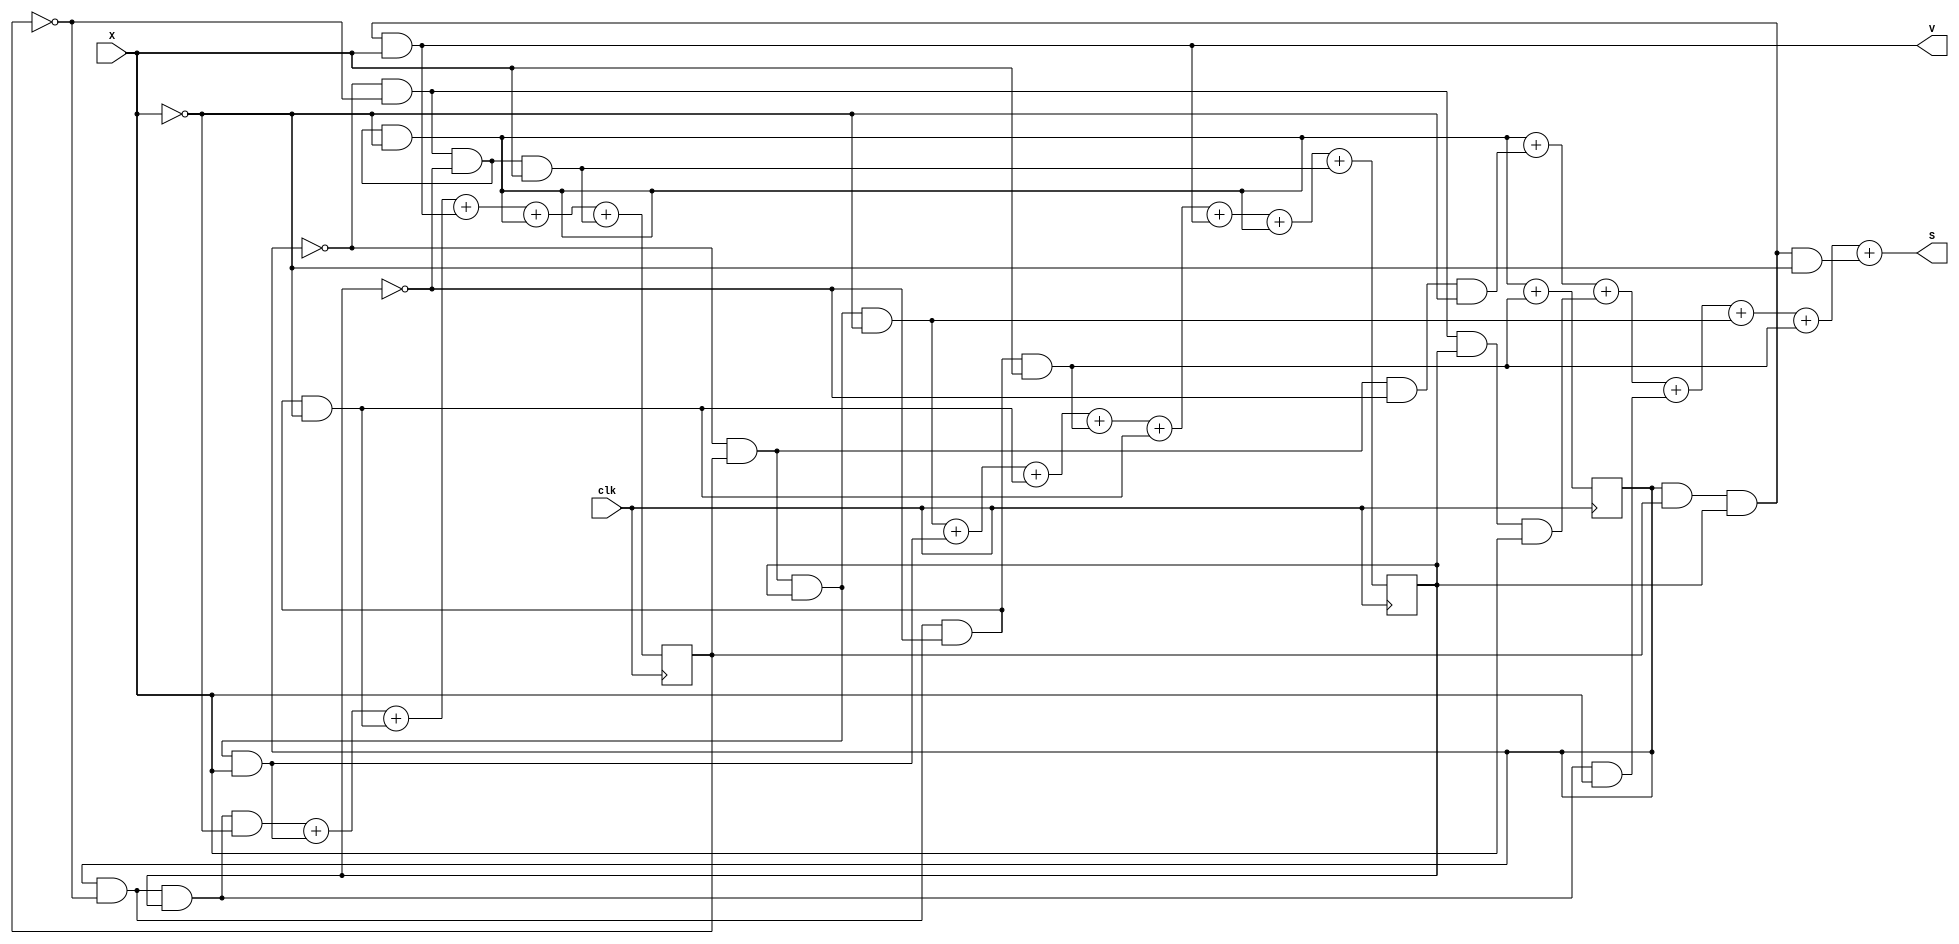
`timescale 1ns / 1ps
//////////////////////////////////////////////////////////////////////////////////
// Company: 
// Engineer: 
// 
// Design Name: 
// Module Name: lab2_prob1_partb
// Project Name: 
// Target Devices: 
// Tool Versions: 
// Description: 
// 
// Dependencies: 
// 
// Revision:
// Revision 0.01 - File Created
// Additional Comments:
// 
//////////////////////////////////////////////////////////////////////////////////


module prob1_partb(X,S,V, clk);
    input X,clk;
    output S,V;
    
    reg Bit1,Bit2,Bit3;
    
    initial begin
        Bit1 = 0;
        Bit2 = 0;
        Bit3 = 0;
    end
    
    always@(negedge clk) begin
        Bit1 <= (~Bit3 & Bit2 & Bit1 & ~X) + (~Bit3 & Bit2 & Bit1 & X) +
                (Bit3 & ~Bit2 & ~Bit1 & ~X) + (Bit3 & ~Bit2 & ~Bit1 & X) +
                (Bit3 & ~Bit2 & ~Bit1 & ~X) + (Bit3 & Bit2 & Bit1 & X) +
                (~Bit3 & ~Bit2 & ~Bit1 & ~X) + (~Bit3 & ~Bit2 & ~Bit1 & X);
                
        Bit2 <= (Bit3 & ~Bit2 & Bit1 & ~X) + (~Bit3 & Bit2 & Bit1 & X) + 
                (Bit3 & ~Bit2 & ~Bit1 & ~X) + (Bit3 & Bit2 & Bit1 & X)+
                (~Bit3 & ~Bit2 & ~Bit1 & ~X)+ (~Bit3 & ~Bit2 & ~Bit1 & X);
        
        Bit3 <= (~Bit3 & ~Bit2 & ~Bit1 & ~X) + (Bit3 & ~Bit2 & ~Bit1 & X);
    end 
    
    assign S = (~Bit3 & ~Bit2 & ~Bit1 & ~X) + (~Bit3 & Bit2 & ~Bit1 & ~X)+
               (~Bit3 & ~Bit2 & Bit1 & X) + (Bit3 & ~Bit2 & Bit1 & X)+
               (~Bit3 & Bit2 & Bit1 & ~X)+ (Bit3 & ~Bit2 & ~Bit1 & X)+
               (Bit3 & Bit2 & Bit1 & ~X);
               
    assign V = (Bit3 & Bit2 & Bit1 & X);
                
        
endmodule